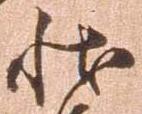
状